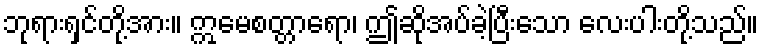
ဘုရားရှင်တို့အား။ ဣမေစတ္တာရော၊ ဤဆိုအပ်ခဲ့ပြီးသော လေးပါးတို့သည်။